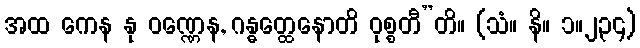
အထ ကေန နု ဝဏ္ဏေန, ဂန္ဓတ္ထေနောတိ ဝုစ္စတီ”တိ။ (သံ။ နိ။ ၁။၂၃၄)